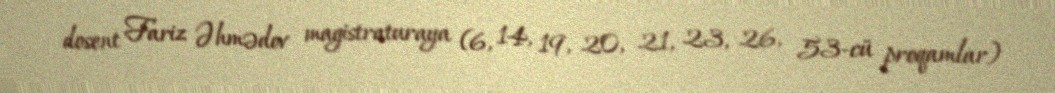
dosent Fariz Əhmədov magistraturaya (6, 14, 19, 20, 21, 23, 26, 53-cü proqamlar)